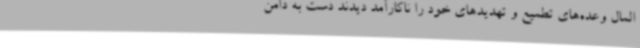
المال وعده‌های تطمیع و تهدیدهای خود را ناکارآمد دیدند دست به دامن